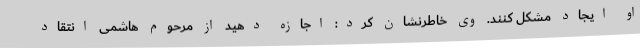
او ایجاد مشکل کنند. وی خاطرنشان کرد: اجازه دهید از مرحوم هاشمی انتقاد